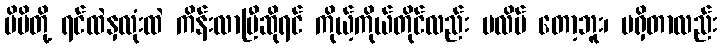
မိမိတို့ ရင်ထဲနှလုံးထဲ ကိန်းလာပြီဆိုရင် ကိုယ့်ကိုယ်တိုင်လည်း မလိမ် တော့ဘူး၊ မရှိတာလည်း